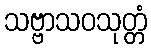
သဗ္ဗာသဝသုတ္တံ